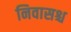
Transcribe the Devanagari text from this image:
निवासश्च